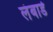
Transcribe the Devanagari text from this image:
लंबार्ड